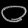
Digit: ၀